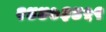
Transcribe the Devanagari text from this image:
२४४७३४५९